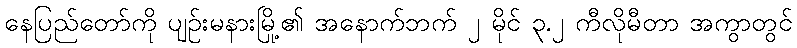
နေပြည်တော်ကို ပျဉ်းမနားမြို့၏ အနောက်ဘက် ၂ မိုင် ၃.၂ ကီလိုမီတာ အကွာတွင်